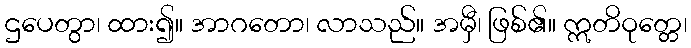
ဌပေတွာ၊ ထား၍။ အာဂတော၊ လာသည်။ အမှီ၊ ဖြစ်၏။ ဣတိဝုတ္တေ၊